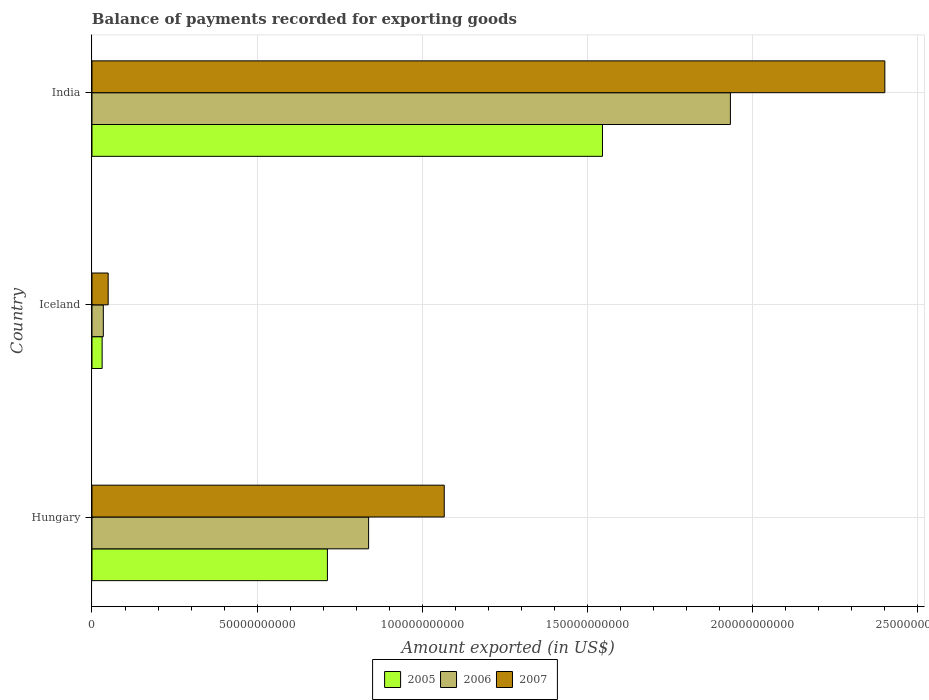
| Country | 2005 | 2006 | 2007 |
 | --- | --- | --- | --- |
 | Hungary | 7.13e+10 | 8.38e+10 | 1.07e+11 |
 | Iceland | 3.08e+09 | 3.44e+09 | 4.9e+09 |
 | India | 1.55e+11 | 1.93e+11 | 2.4e+11 |